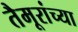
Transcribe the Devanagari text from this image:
तैमूरांच्या